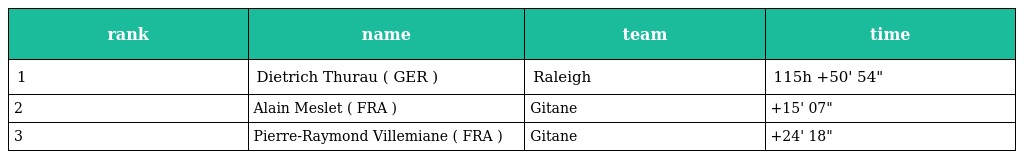
| rank | name | team | time |
 | --- | --- | --- | --- |
 | 1 | Dietrich Thurau ( GER ) | Raleigh | 115h +50' 54" |
 | 2 | Alain Meslet ( FRA ) | Gitane | +15' 07" |
 | 3 | Pierre-Raymond Villemiane ( FRA ) | Gitane | +24' 18" |